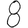
Digit: 8